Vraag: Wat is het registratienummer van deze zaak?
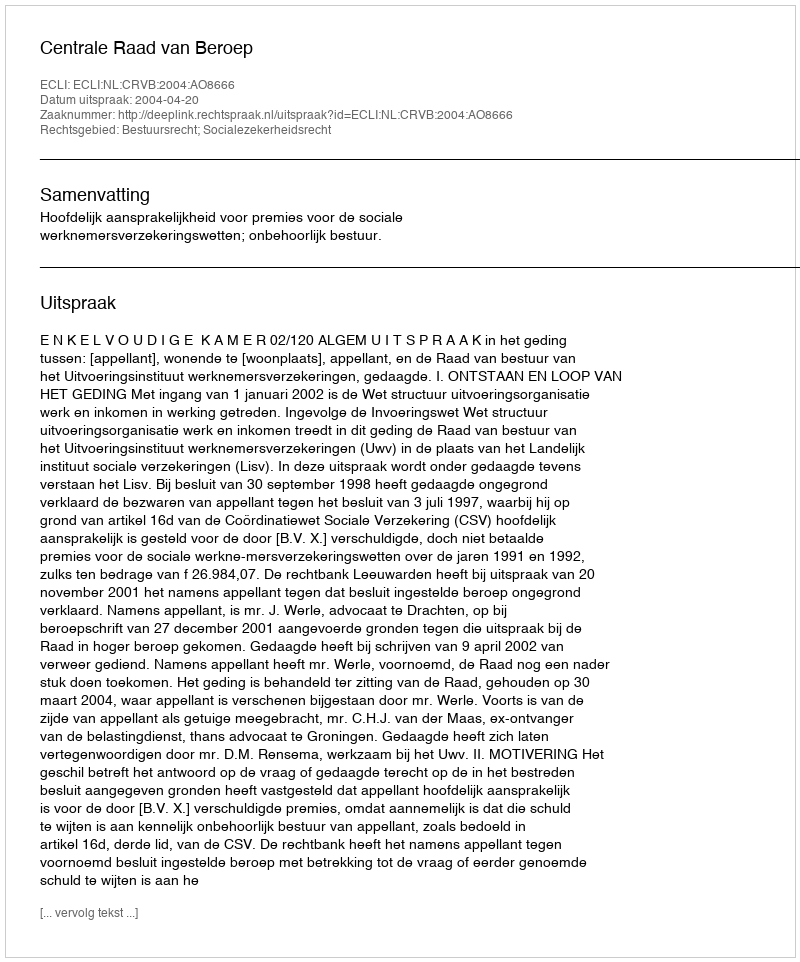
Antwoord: http://deeplink.rechtspraak.nl/uitspraak?id=ECLI:NL:CRVB:2004:AO8666